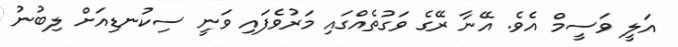
އަލީ ވަސީމް އެވެ. އޭނާ ރޭގެ ވަގުތެއްގައި މަރުވެފައި ވަނީ ސިކުނޑިއަށް ލިބުނު